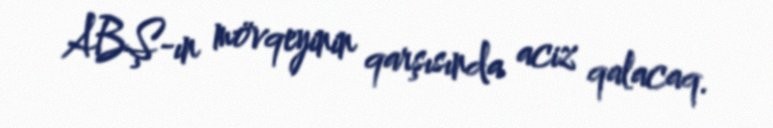
ABŞ-ın mövqeyinin qarşısında aciz qalacaq.